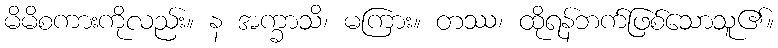
မိမိစကားကိုလည်း။ န အက္ခာသိ၊ မကြား။ တဿ၊ ထိုရန်ဘက်ဖြစ်သောသူ၏။